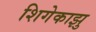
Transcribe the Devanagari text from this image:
शिगेकाझु